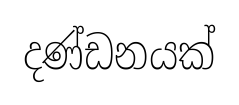
දණ්ඩනයක්